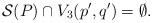
\begin{align*}{\cal S}(P) \cap V_3(p',q') = \emptyset.\end{align*}